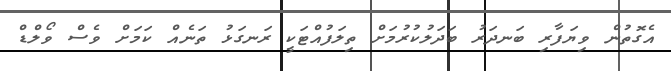
އެގޮތުން ވިޔަފާރި ބަނދަރު ބަދަލުކުރުމަށް ތިލަފުއްޓަކީ ރަނގަޅު ތަނެއް ކަމަށް ވެސް ވޯލްޑް